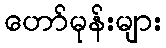
ဟော်မုန်းများ